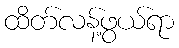
ထိတ်လန့်ဖွယ်ရာ